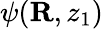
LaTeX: \psi({\mathbf R},z_{1})